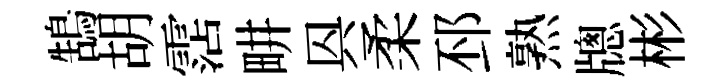
鵠胡霑畊㒷柔邳熟牕彬